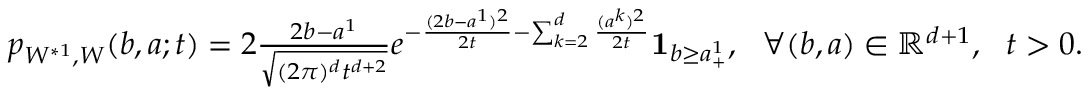
\begin{array} { r } { p _ { W ^ { * 1 } , W } ( b , a ; t ) = 2 \frac { 2 b - a ^ { 1 } } { \sqrt { ( 2 \pi ) ^ { d } t ^ { d + 2 } } } e ^ { - \frac { ( 2 b - a ^ { 1 } ) ^ { 2 } } { 2 t } - \sum _ { k = 2 } ^ { d } \frac { ( a ^ { k } ) ^ { 2 } } { 2 t } } { \mathbf 1 } _ { b \geq a _ { + } ^ { 1 } } , ~ ~ \forall ( b , a ) \in { \mathbb R } ^ { d + 1 } , ~ ~ t > 0 . } \end{array}